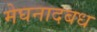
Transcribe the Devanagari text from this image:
मेघनादबध